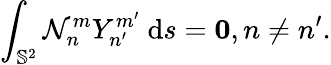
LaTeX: \int_{\mathbb{S}^{2}}\mathcal{N}_{n}^{m}Y_{n^{\prime}}^{m^{\prime}}~\mathrm{d}s=\mathbf{0},n\neq n^{\prime}.